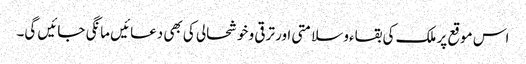
اس موقع پر ملک کی بقاءو سلامتی اور ترقی و خوشحالی کی بھی دعائیں مانگی جائیں گی۔